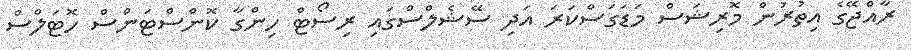
ރާއްޖޭގެ އިތުރުން މޮރިޝަސް މަޑަގަސްކަރަ އަދި ސޭޝެލްސްގައި ރިސޯޓް ހިންގާ ކޮންސްޓަންސް ހޮޓަލްސް